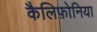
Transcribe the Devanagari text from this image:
कैलिफ़ोनिया